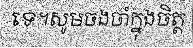
ទេ។សូមចងចាំក្នុងចិត្ត